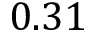
0 . 3 1